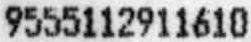
9555112911610